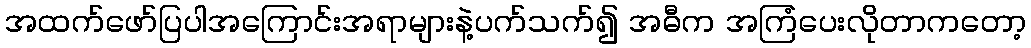
အထက်ဖော်ပြပါအကြောင်းအရာများနဲ့ပက်သက်၍ အဓီက အကြံပေးလိုတာကတော့